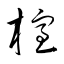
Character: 榁